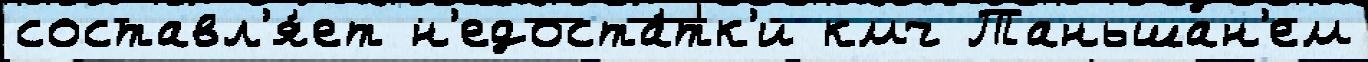
составл'я́ет н'едоста́тк'и кмч Таньшан'ем